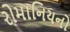
રોમાનિયનો